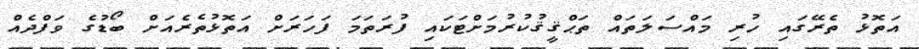
އަތޮޅު ތެރޭގައި ހުރި މައްސަލަތައް ތަޙްޤީޤުކުރުމަށްޓަކައި ފުރަތަމަ ފަހަރަށް އަތޮޅުތެރެއަށް ބޯޑުގެ ވަފްދެއް